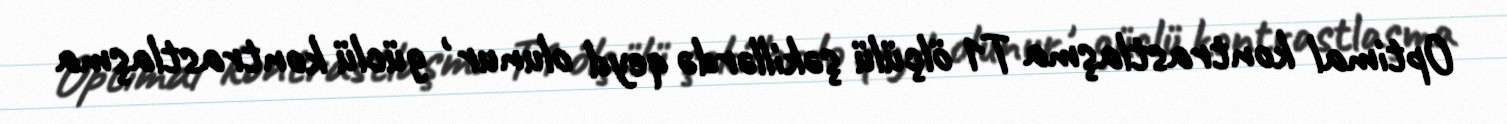
Optimal kontrastlaşma T1 ölçülü şəkillərdə qeyd olunur , güclü kontrastlaşma